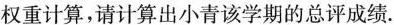
权重计算，请计算出小青该学期的总评成绩。